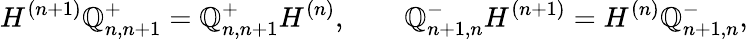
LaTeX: H^{(n+1)}\mathbb{Q}_{n,n+1}^{+}=\mathbb{Q}_{n,n+1}^{+}H^{(n)},\qquad\mathbb{Q}_{n+1,n}^{-}H^{(n+1)}=H^{(n)}\mathbb{Q}_{n+1,n}^{-},